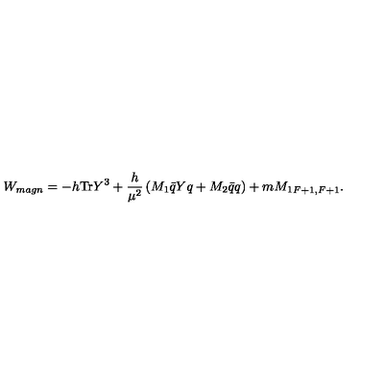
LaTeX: W _ { m a g n } = - h \mathrm { T r } Y ^ { 3 } + \frac { h } { \mu ^ { 2 } } \left( M _ { 1 } \bar { q } Y q + M _ { 2 } \bar { q } q \right) + m { M _ { 1 } } _ { F + 1 , F + 1 } .